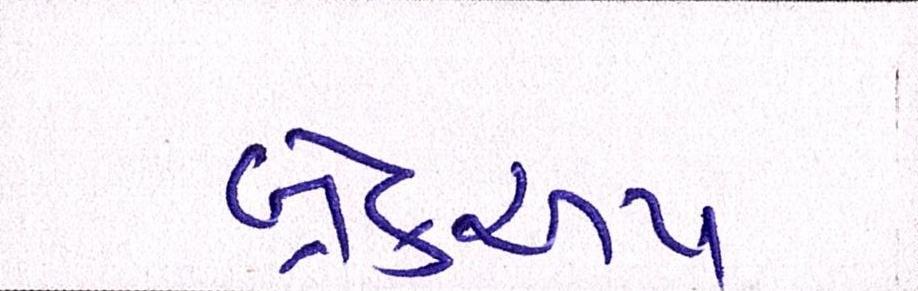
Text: બ્રેકઅપ